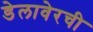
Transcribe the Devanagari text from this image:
डेलावेरची